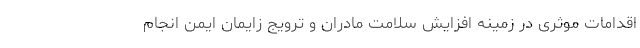
اقدامات موثری در زمینه افزایش سلامت مادران و ترویج زایمان ایمن انجام